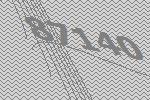
87140